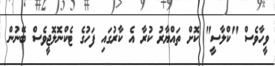
ވީހާވެސް "ކްލާސީ" ކޮށް ތައްޔާރު ކުރާ އެ ކާރުގައި ފަހުގެ ޓެކްނޮލޮޖީވެސް ބޭނުން